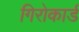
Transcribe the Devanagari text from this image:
गिरोकार्ड